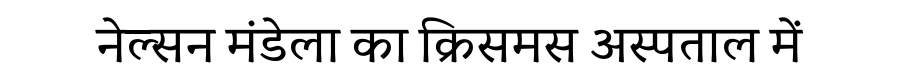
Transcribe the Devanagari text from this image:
नेल्सन मंडेला का क्रिसमस अस्पताल में